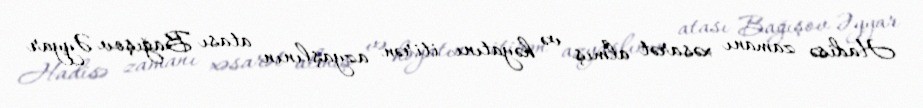
Hadisə zamanı xəsarət almış və həyatını itirən azyaşlının atası Bağışov Əyyar